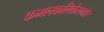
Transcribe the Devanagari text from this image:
कमलकलिकेसमोर